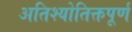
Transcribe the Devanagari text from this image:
अतिश्योतिक्तपूर्ण